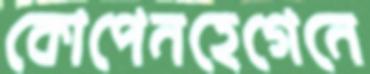
কোপেনহেগেনে